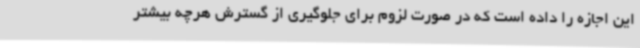
این اجازه را داده است که در صورت لزوم برای جلوگیری از گسترش هرچه بیشتر